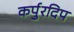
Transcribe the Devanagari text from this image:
कर्पुरदिप